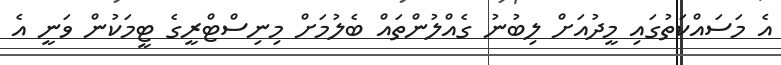
އެ މަސައްކަތުގައި މީދުއަށް ލިބުނު ގެެއްލުންތައް ބެލުމަށް މިނިސްޓްރީގެ ޓީމަކުން ވަނީ އެ